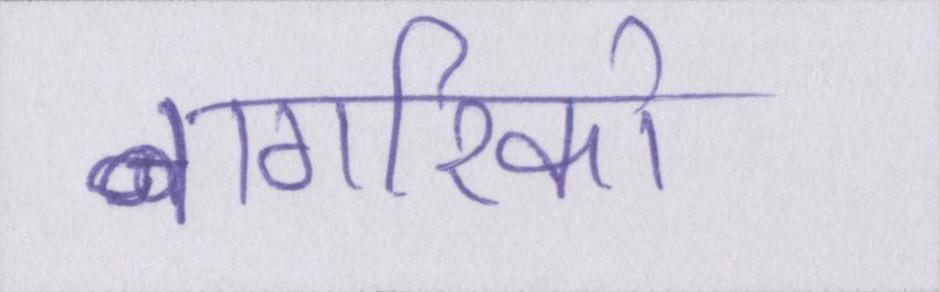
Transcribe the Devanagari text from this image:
नागरिको